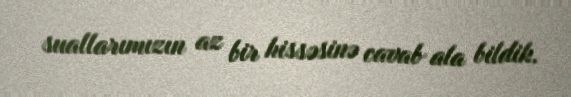
suallarımızın az bir hissəsinə cavab ala bildik.